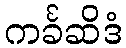
ကင်္ခဆိဒံ